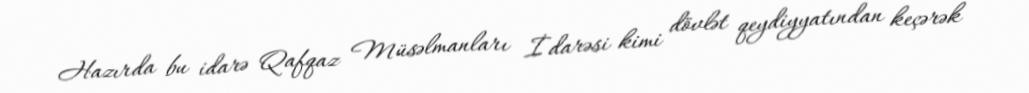
Hazırda bu idarə Qafqaz Müsəlmanları İdarəsi kimi dövlət qeydiyyatından keçərək